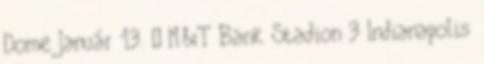
Dome Január 13. – M&T Bank Stadion 3 Indianapolis